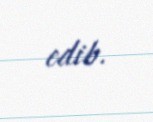
edib.